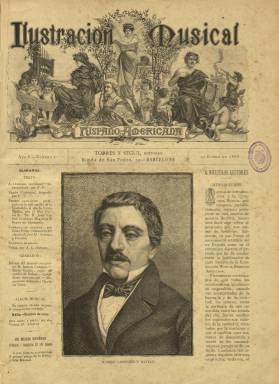
Título: Ilustración musical hispano-americana
Otros títulos: Ilustración musical hispano americana
Colección: Música
Ámbito geográfico: Barcelona
Lugar de publicación: Barcelona
Fechas: 30/01/1888-30/12/1895

Revista quincenal (aparecía los días 15 y 30 de cada mes) publicada en Barcelona a partir del 30 de enero de 1888 y dirigida por el compositor y musicólogo Felipe Pedrell y Sabaté (1841-1922). Va a tener diversos editores-propietarios, empezando por Torres y Segui. A partir del ocho de julio de 1889 (número 36) lo será la viuda de Juan Trilla y Torres; desde el quince de octubre de 1891 (número 90), Isidro Torres y Manuel Soler (que actúa también como administrador), y desde el quince de octubre de 1892 (número 114), Víctor Berdós, en cuyo establecimiento tipográfico se estampará. También será impreso en la Tipografía La Academia, de la Viuda e Hijos de Ullastres y Compañía, habiéndolo hecho al comienzo en la imprenta de Luis Tasso Serra.

Sus entregas serán de ocho o doce páginas (con foliación correlativa anual), compuestas a tres columnas, con una cabecera bellamente ilustrada y con inserción de grabados y fotografías, principalmente en la primera y en páginas centrales, con retratos de músicos o imágenes relacionadas con este arte, así como reproducciones de obras pictóricas, resultando una publicación “muy interesante para iconografía” (Torres Mulas: 1991).

Es una publicación excelentemente elaborada y presentada, no sólo por sus ilustraciones y, a veces, por su estampación en papel cuché, sino también por sus contenidos textuales y la información que proporciona, resultando “imprescindible para biografías de músicos del siglo XIX” (Torres Mula: 1991), en una sección de “galería de retratos”. Inserta también partituras musicales de, entre otros compositores, Federico Olmeda de San José (1865-1909), Carlos Pintado y Argüelles (1833-), Enrique Barrera y Gómez (1844-1922), Guillermo Massot Beltrán (1842-1900), Valentín de Zubiaurre Urionabarrenechea (1837-1914), Emilio Arrieta (1821-1894), Juan Crisóstomo Arriaga (1806-1826) o Eduardo Torrens y Boqué.

Publica asimismo crónicas y críticas teatrales y literarias. A partir del quince de enero de 1892, ofrecerá el Diccionario técnico de la música, ilustrado con grabados y ejemplos, y distribuirá, también por entregas y para su colección aparte, la Bibliografía musical española, obras ambas elaboradas por el propio Felipe Pedrell. También inserta, al final de cada entrega, anuncios publicitarios, muchos de ellos relacionados con la música (bibliografía, instrumentos, etc.).

Muchos de los textos publicados lo serán bajo la firma de su director (a veces bajo sus iniciales F.P.), y entre sus redactores y colaboradores contó con Agustín L. Salvans, José Inzenga, Antonio Fargas Soler, Luis Gracia, Francisco Gras y Elías, Eustaquio de Uriarte, Francisco Sosa, Benito Busó, A. Hidalgo de Mobellán, José Rodoreda, Ramón Noguera, Emilio Arrieta, Antonio López Almagro o Francisco Asenjo Barbieri.

Escrita en castellano, Pedrell fue quien tendió los primeros puentes musicales hacia Hispanoamérica, a través de esta revista. En este sentido resulta muy esclarecedor su "Llamamiento fraternal" (número 13), texto en el que invita a los artistas americanos a "darse la mano y [a que] conozcamos algo más de lo que somos" (Consuelo Carredano: 2004).

La última entrega de este título en la colección de la Biblioteca Nacional de España es la número 191, correspondiente al 30 de diciembre de 1895. Palau señala hasta el 29 de febrero de 1896, y Joan Torrent (1963), que el último publicado lo fue en diciembre de 1897.

Entre otros trabajos bibliográficos para este título y Felipe Pedrell, además de los citados, resaltamos los de Montserrat Bergadà (1991), Celsa Alonso (1991), Begoña Lolo (1991), Juan José Carreras (2004), Gómez-Elegido (2006) y Álvarez Meneses (2011), así como el Fons Felip Pedrell, de la Secció de Música de la Biblioteca de Catalunya (1990-2016).